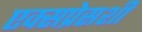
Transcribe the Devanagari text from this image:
एक्सप्रेसशी